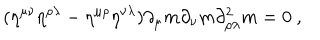
( \eta ^ { \mu \nu } \eta ^ { \rho \lambda } - \eta ^ { \mu \rho } \eta ^ { \nu \lambda } ) \partial _ { \mu } m \partial _ { \nu } m \partial _ { \rho \lambda } ^ { 2 } m = 0 \ ,